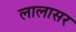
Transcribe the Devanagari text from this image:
लालासर